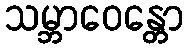
သမ္ဘာဝေန္တော